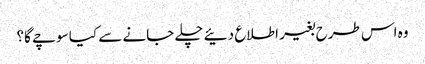
وہ اس طرح بغیر اطلاع دئیے چلے جانے سے کیا سوچے گا؟